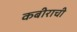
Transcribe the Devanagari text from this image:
कबीराची